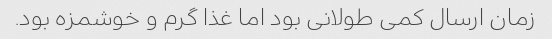
زمان ارسال کمى طولانى بود اما غذا گرم و خوشمزه بود.